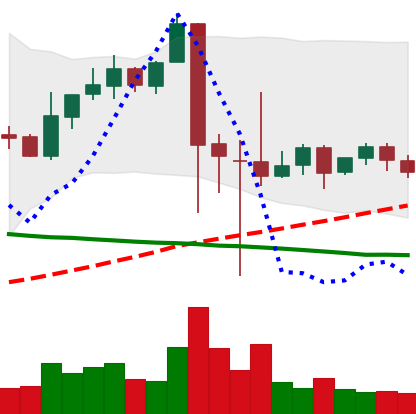
Ticker: XRP-USD
Chart end date: 2021-09-17
Forward return: -5.773%
Label: down_5_7